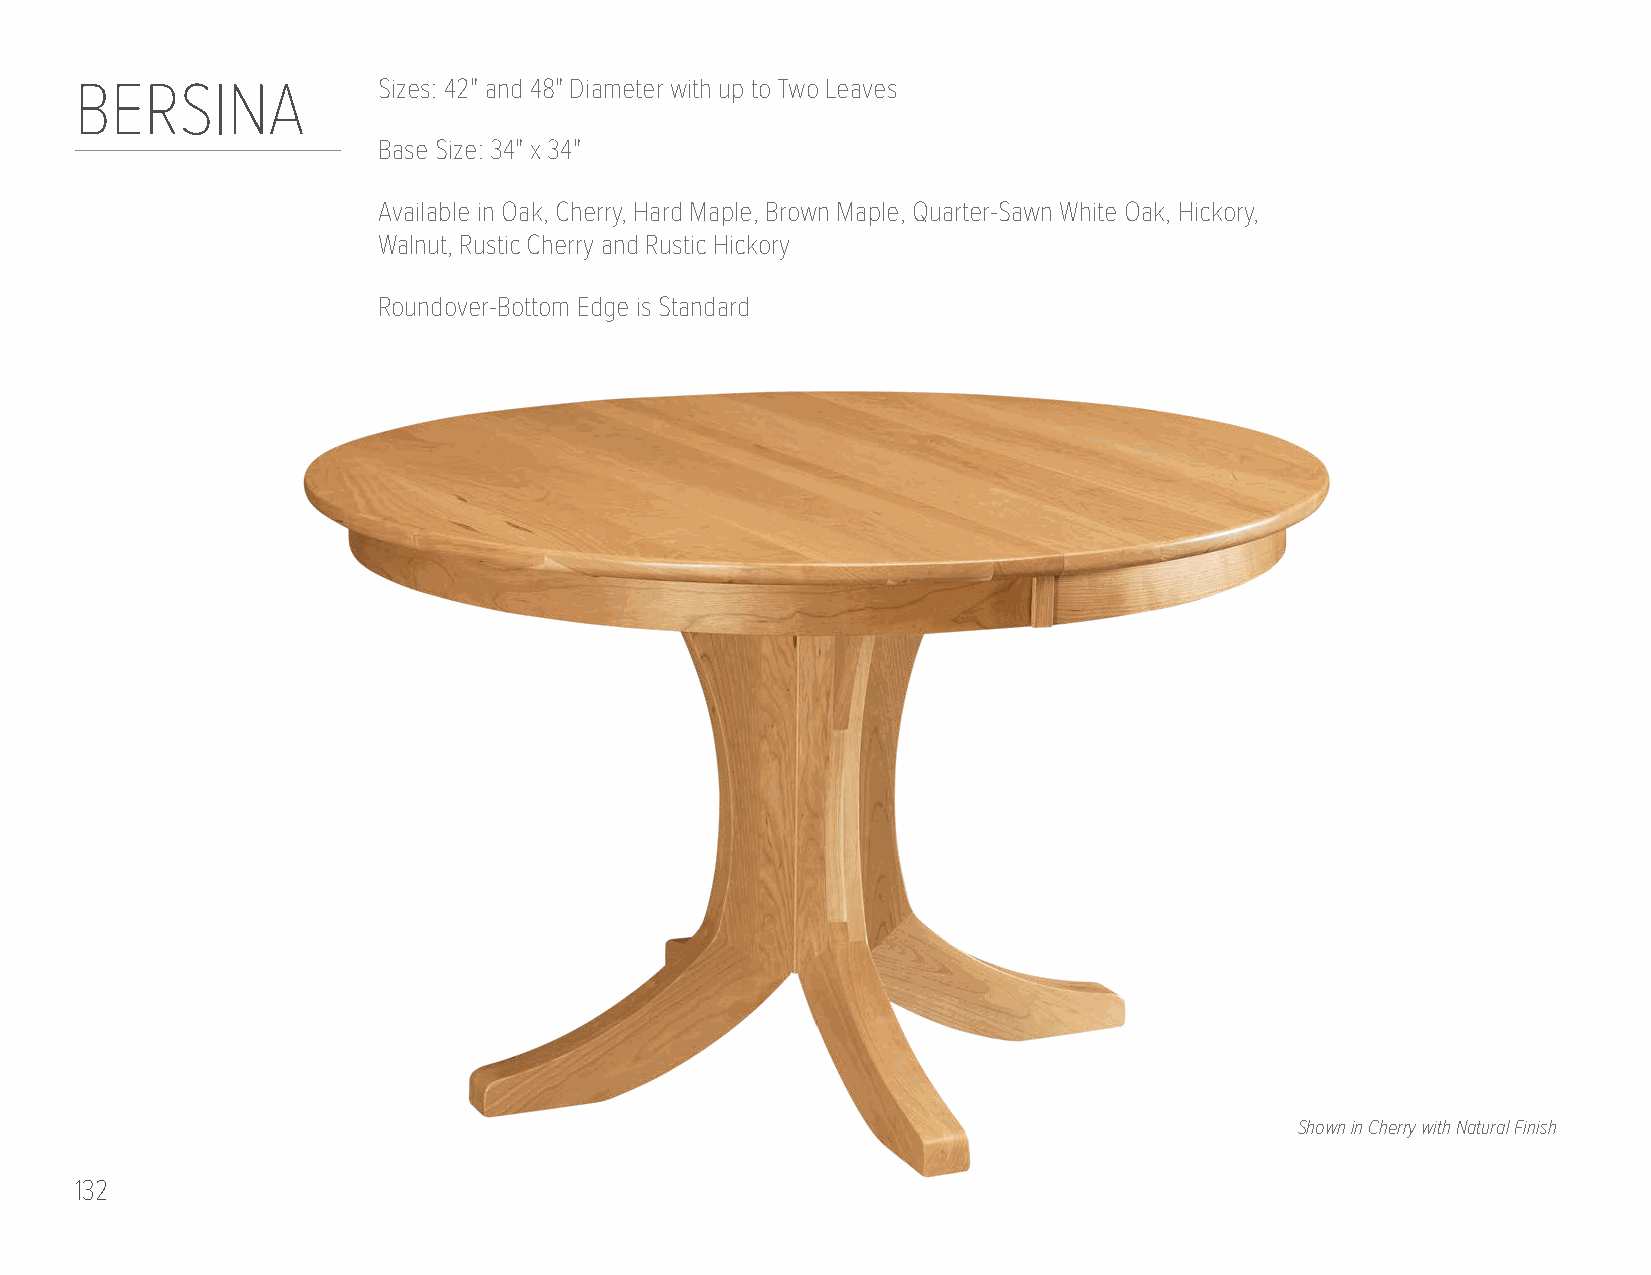
BERSINA             Sizes: 42" and 48" Diameter with up to Two Leaves
 Base Size: 34" x 34"
 Available in Oak, Cherry, Hard Maple, Brown Maple, Quarter-Sawn White Oak, Hickory,
 Walnut, Rustic Cherry and Rustic Hickory
 Roundover-Bottom Edge is Standard
 Shown in Cherry with Natural Finish
 132